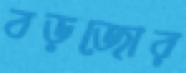
বড়জোর